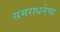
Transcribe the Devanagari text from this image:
समराधनेचा